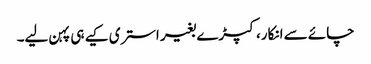
چائے سے انکار، کپڑے بغیر استری کیے ہی پہن لیے۔